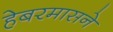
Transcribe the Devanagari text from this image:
हेबरमासने